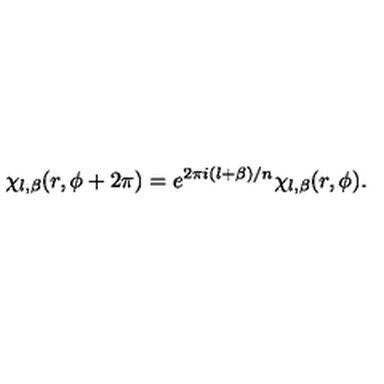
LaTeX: \chi _ { l , \beta } ( r , \phi + 2 \pi ) = e ^ { 2 \pi i ( l + \beta ) / n } \chi _ { l , \beta } ( r , \phi ) .